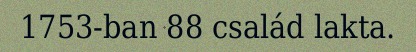
1753-ban 88 család lakta.